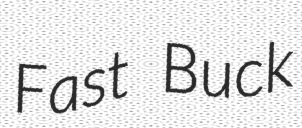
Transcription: Fast Buck